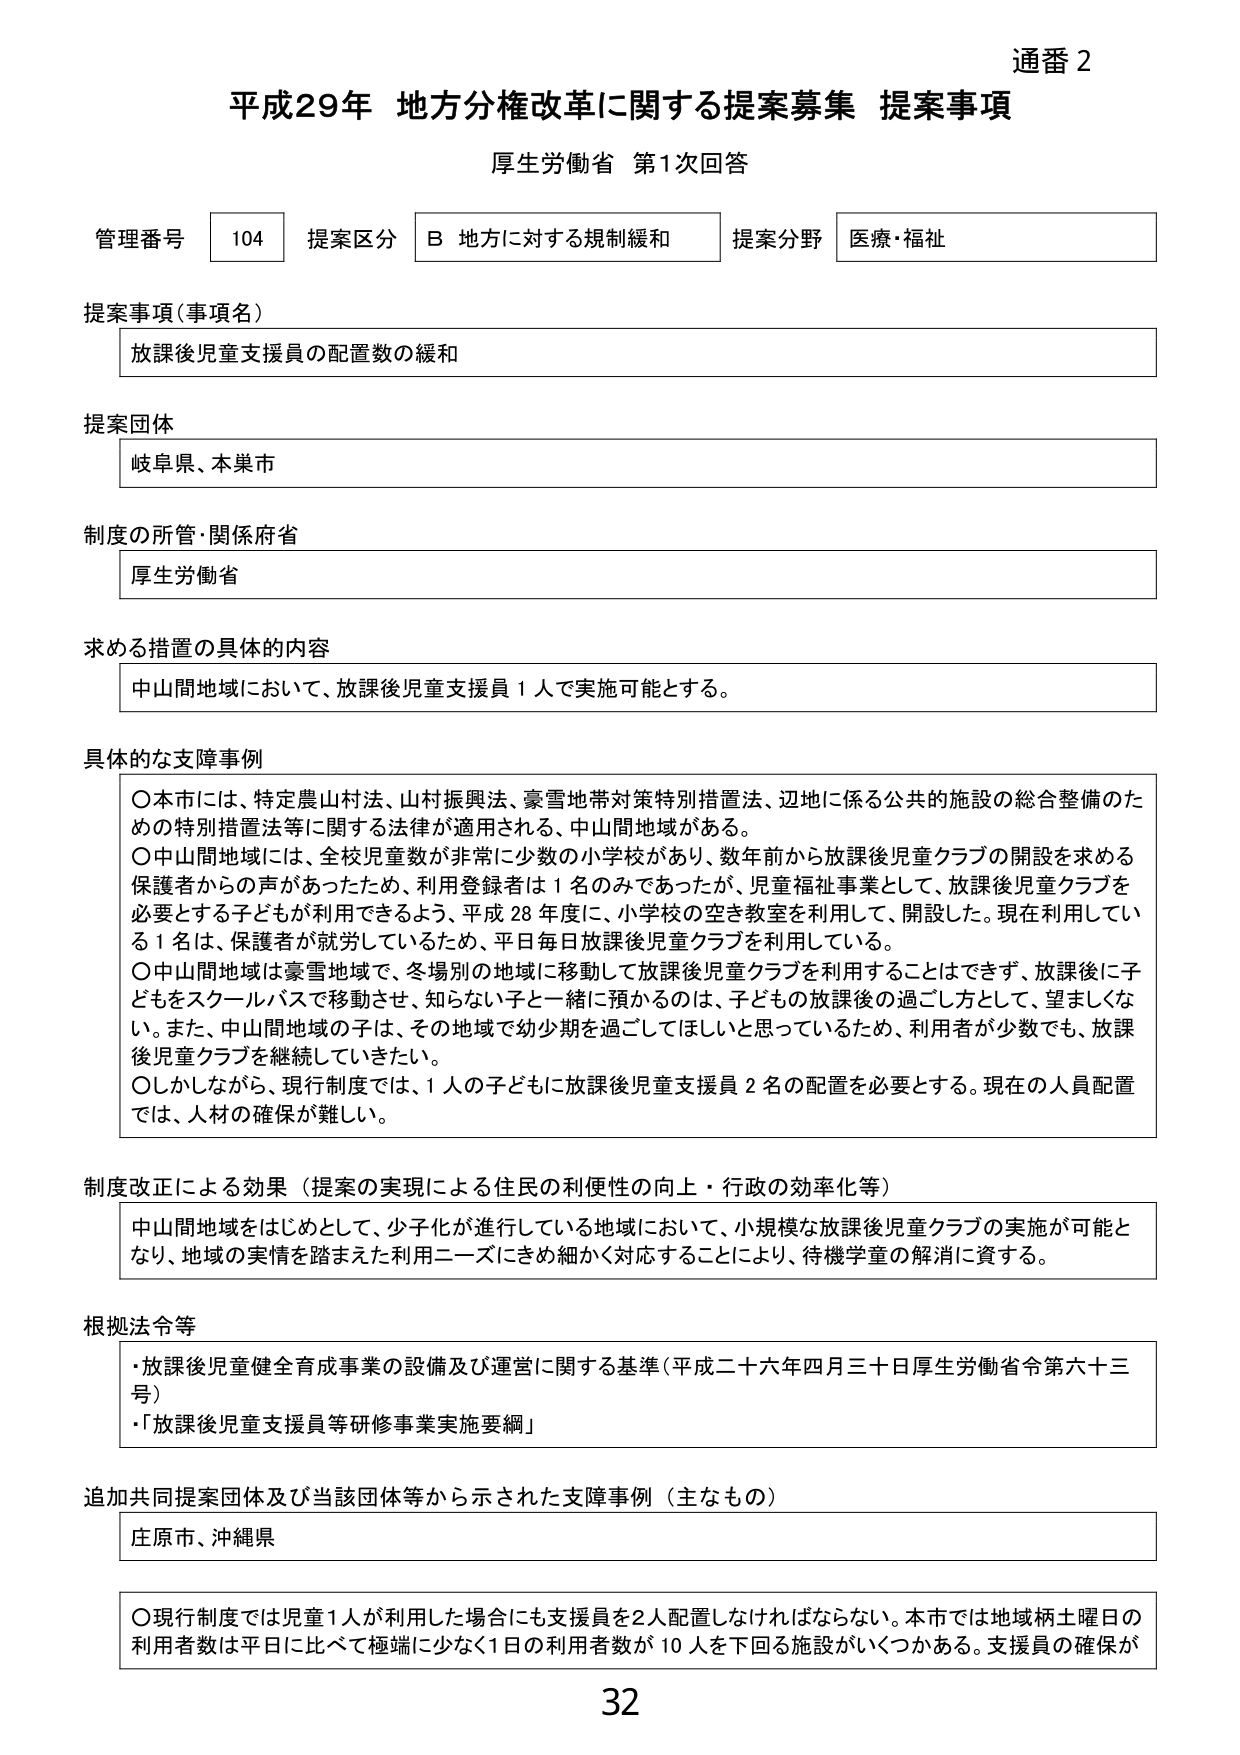
通番 2
平成29年 地方分権改革に関する提案募集 提案事項
厚生労働省 第1次回答

管理番号 104 提案区分 B 地方に対する規制緩和 提案分野 医療・福祉

提案事項（事項名）
放課後児童支援員の配置数の緩和

提案団体
岐阜県、本巣市

制度の所管・関係府省
厚生労働省

求める措置の具体的内容
中山間地域において、放課後児童支援員1人で実施可能とする。

具体的な支障事例
〇本市には、特定農山村法、山村振興法、豪雪地帯対策特別措置法、辺地に係る公共の施設の総合整備のための特別措置法等に関する法律が適用される、中山間地域がある。
〇中山間地域には、全校児童数が非常に少数の小学校があり、数年前から放課後児童クラブの開設を求める保護者からの声があったため、利用登録者は1名のみであったが、児童福祉事業として、放課後児童クラブを必要とする子どもが利用できるよう、平成28年度に、小学校の空き教室を利用して、開設した。現在利用している1名は、保護者が就労しているため、平日毎日放課後児童クラブを利用している。
〇中山間地域は豪雪地域で、冬場別の地域に移動して放課後児童クラブを利用することはできず、放課後に子どもをスクールバスで移動させ、知らない子と一緒に預かるのは、子どもの放課後の過ごし方として、望ましくない。また、中山間地域の子は、その地域で幼少期を過ごしてほしいと思っているため、利用者が少数でも、放課後児童クラブを継続していきたい。
〇しかしながら、現行制度では、1人の子どもに放課後児童支援員2名の配置を必要とする。現在の人員配置では、人材の確保が難しい。

制度改正による効果（提案の実現による住民の利便性の向上・行政の効率化等）
中山間地域をはじめとして、少子化が進行している地域において、小規模な放課後児童クラブの実施が可能となり、地域の実情を踏まえた利用ニーズにきめ細かく対応することにより、待機学童の解消に資する。

根拠法令等
・放課後児童健全育成事業の設備及び運営に関する基準（平成二十六年四月三十日厚生労働省令第六十三号）
・「放課後児童支援員等研修事業実施要綱」

追加共同提案団体及び当該団体等から示された支障事例（主なもの）
庄原市、沖縄県

〇現行制度では児童1人が利用した場合にも支援員を2人配置しなければならない。本市では地域柄土曜日の利用者数は平日と比べて極端に少なく1日の利用者数が10人を下回る施設がいくつかある。支援員の確保が

32